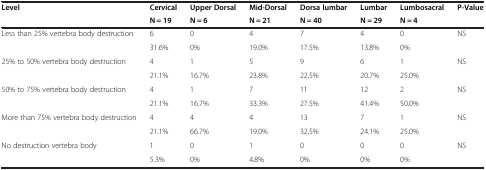
<table><thead><tr><td><b>Level</b></td><td><b>Cervical</b></td><td><b>Upper Dorsal</b></td><td><b>Mid-Dorsal</b></td><td><b>Dorsa lumbar</b></td><td><b>Lumbar</b></td><td><b>Lumbosacral</b></td><td><b>P-Value</b></td></tr><tr><td><b> </b></td><td><b>N = 19</b></td><td><b>N = 6</b></td><td><b>N = 21</b></td><td><b>N = 40</b></td><td><b>N = 29</b></td><td><b>N = 4</b></td><td><b> </b></td></tr></thead><tbody><tr><td rowspan="2">Less than 25% vertebra body destruction</td><td>6</td><td>0</td><td>4</td><td>7</td><td>4</td><td>0</td><td rowspan="2">NS</td></tr><tr><td>31.6%</td><td>0%</td><td>19.0%</td><td>17.5%</td><td>13.8%</td><td>0%</td></tr><tr><td rowspan="2">25% to 50% vertebra body destruction</td><td>4</td><td>1</td><td>5</td><td>9</td><td>6</td><td>1</td><td rowspan="2">NS</td></tr><tr><td>21.1%</td><td>16.7%</td><td>23.8%</td><td>22.5%</td><td>20.7%</td><td>25.0%</td></tr><tr><td rowspan="2">50% to 75% vertebra body destruction</td><td>4</td><td>1</td><td>7</td><td>11</td><td>12</td><td>2</td><td rowspan="2">NS</td></tr><tr><td>21.1%</td><td>16.7%</td><td>33.3%</td><td>27.5%</td><td>41.4%</td><td>50.0%</td></tr><tr><td rowspan="2">More than 75% vertebra body destruction</td><td>4</td><td>4</td><td>4</td><td>13</td><td>7</td><td>1</td><td rowspan="2">NS</td></tr><tr><td>21.1%</td><td>66.7%</td><td>19.0%</td><td>32.5%</td><td>24.1%</td><td>25.0%</td></tr><tr><td>No destruction vertebra body</td><td>1</td><td>0</td><td>1</td><td>0</td><td>0</td><td>0</td><td>NS</td></tr><tr><td> </td><td>5.3%</td><td>0%</td><td>4.8%</td><td>0%</td><td>0%</td><td>0%</td><td> </td></tr></tbody></table>